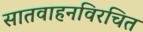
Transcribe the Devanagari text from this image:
सातवाहनविरचित